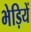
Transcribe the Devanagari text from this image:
भेड़ियें